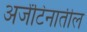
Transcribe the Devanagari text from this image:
अर्जेंटिनातील